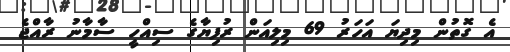
އެ ގޮތުން މިދިޔަ އަހަރު 69 މިލިއަން ރުފިޔާގެ ސިއްހީ ސާމާނު ރާއްޖެ